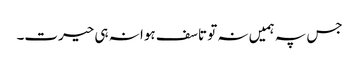
جس پہ ہمیں نہ تو تاسف ہوا نہ ہی حیرت۔